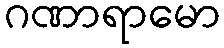
ဂဏာရာမော